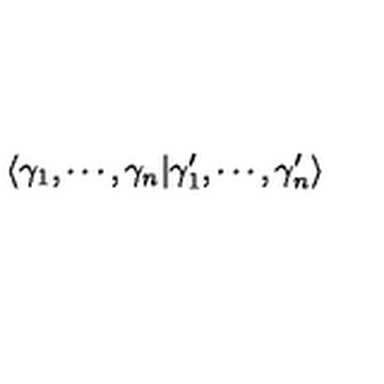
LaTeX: \langle \gamma _ { 1 } , \cdots , \gamma _ { n } | \gamma _ { 1 } ^ { \prime } , \cdots , \gamma _ { n } ^ { \prime } \rangle